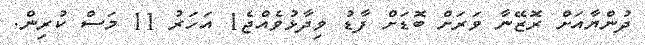
ދުންޔާއަށް ރޮޒޭނާ ވަރަށް ބޮޑަށް ފާޑު ވިދާޅުވެއްޖެ1 އަހަރު 11 މަސް ކުރިން.